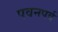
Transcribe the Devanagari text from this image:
पवनपर्व